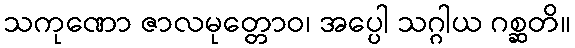
သကုဏော ဇာလမုတ္တောဝ၊ အပ္ပေါ သဂ္ဂါယ ဂစ္ဆတိ။